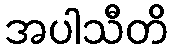
အပါသီတိ